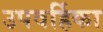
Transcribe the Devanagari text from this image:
उपवर्हिका